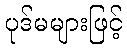
ပုဒ်မများဖြင့်